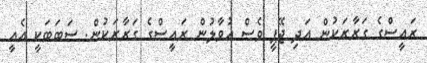
ރައީސްގެ ގަރާރަކުން އަދި ޖޭޕީ ވެސް އުވާލުން ރައީސްގެ ގަރާރަކުން. ސަބަބަކީ އެއީ